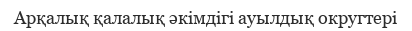
Арқалық қалалық әкімдігі ауылдық округтері